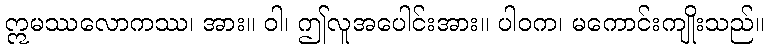
ဣမဿလောကဿ၊ အား။ ဝါ၊ ဤလူအပေါင်းအား။ ပါဝက၊ မကောင်းကျိုးသည်။